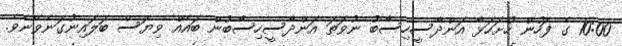
10:00 ގެ ފަހުން ހުށަހަޅާ އަންދާސީހިސާބު ނުވަތަ އަންދާސީހިސާބުން ބައެއް ވިޔަސް ބަލައިނުގަނެވޭނެވެ.